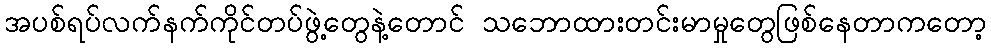
အပစ်ရပ်လက်နက်ကိုင်တပ်ဖွဲ့တွေနဲ့တောင် သဘောထားတင်းမာမှုတွေဖြစ်နေတာကတော့